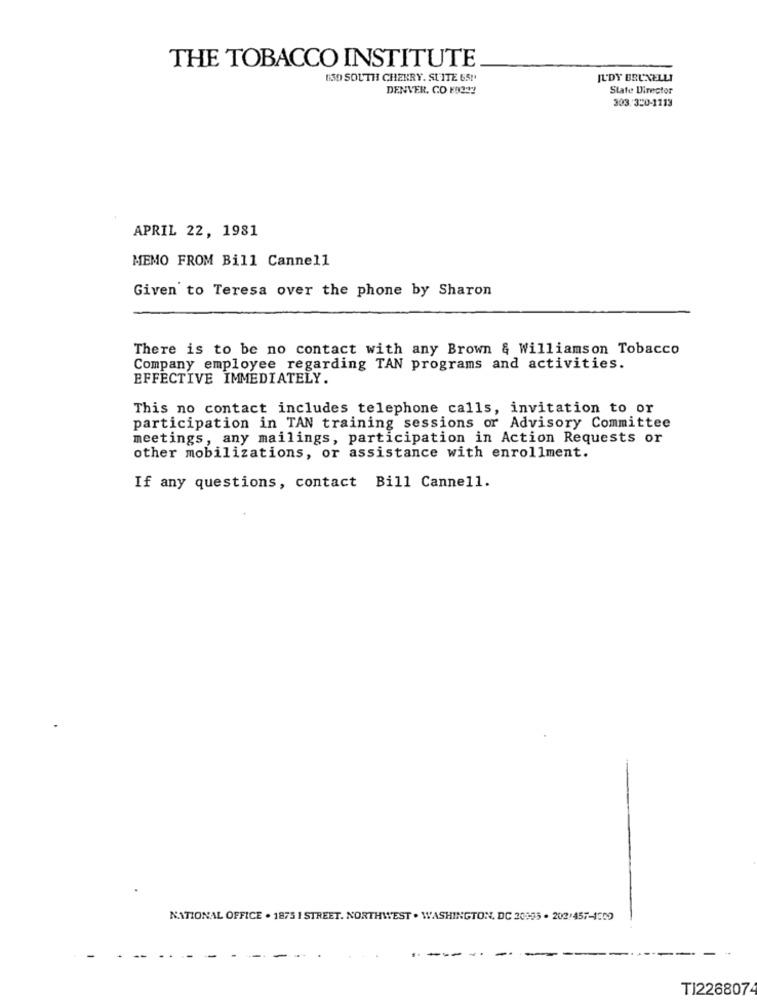
THE TOBACCO INSTITUTE
130 SOUTH CHEKRY. SUITE 65!
JUDY BRUNELLI
DENVER. CO E9322
State Director
303.320-1113
APRIL 22, 1981
MEMO FROM Bill Cannell
Given to Teresa over the phone by Sharon
There is to be no contact with any Brown & Williamson Tobacco
Company employee regarding TAN programs and activities.
EFFECTIVE IMMEDIATELY.
This no contact includes telephone calls, invitation to or
participation in TAN training sessions or Advisory Committee
meetings, any mailings, participation in Action Requests or
other mobilizations, or assistance with enrollment.
If any questions, contact Bill Cannell.
NATIONAL OFFICE . 1875 1 STREET. NORTHWEST . WASHINGTON, DC 20195 . 202:457-4300
TI226807